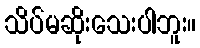
သိပ်မဆိုးသေးပါဘူး။